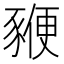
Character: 𧱩